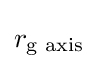
r_{\mathrm {g} {\text{ axis}}}